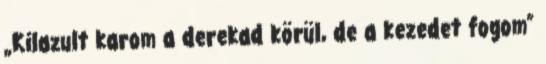
„Kilazult karom a derekad körül, de a kezedet fogom”